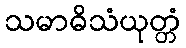
သမာဓိသံယုတ္တံ